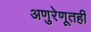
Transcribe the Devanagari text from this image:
अणुरेणूतही